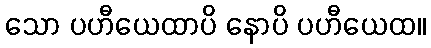
သော ပဟီယေထာပိ နောပိ ပဟီယေထ။